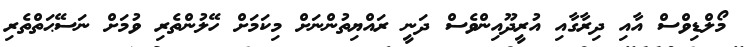
މޯލްޑިވްސް އާއި ދިރާގާއި އުރީދޫއިންވެސް ދަނީ ރައްޔިތުންނަށް މިކަމަށް ހޭލުންތެރި ވުމަށް ނަސޭޙަތްތެރި